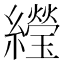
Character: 𬘌